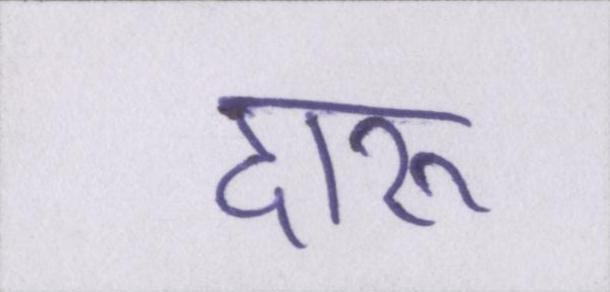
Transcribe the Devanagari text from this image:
दारू